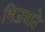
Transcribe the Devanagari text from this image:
भिजवाते